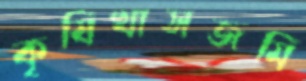
কৃষিখাসজমি